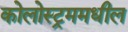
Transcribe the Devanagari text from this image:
कोलोस्ट्रममधील